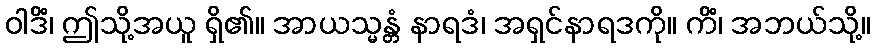
ဝါဒိံ၊ ဤသို့အယူ ရှိ၏။ အာယသ္မန္တံ နာရဒံ၊ အရှင်နာရဒကို။ ကိံ၊ အဘယ်သို့။